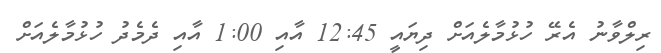
ރިލްވާނު އެރޭ ހުޅުމާލެއަށް ދިޔައީ 12:45 އާއި 1:00 އާއި ދެމެދު ހުޅުމާލެއަށް